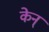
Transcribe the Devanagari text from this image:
केन्